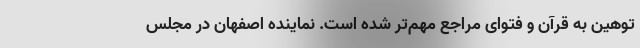
توهین به قرآن و فتوای مراجع مهم‌تر شده است. نماینده اصفهان در مجلس